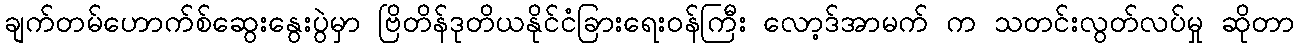
ချက်တမ်ဟောက်စ်ဆွေးနွေးပွဲမှာ ဗြိတိန်ဒုတိယနိုင်ငံခြားရေးဝန်ကြီး လော့ဒ်အာမက် က သတင်းလွတ်လပ်မှု ဆိုတာ